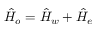
\hat { H } _ { o } = \hat { H } _ { w } + \hat { H } _ { e }